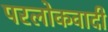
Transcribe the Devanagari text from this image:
परलोकवादी